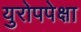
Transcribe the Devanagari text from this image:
युरोपपेक्षा